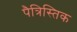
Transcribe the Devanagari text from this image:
पैत्रिस्तिक